Leaving Certificate Examination, 1924
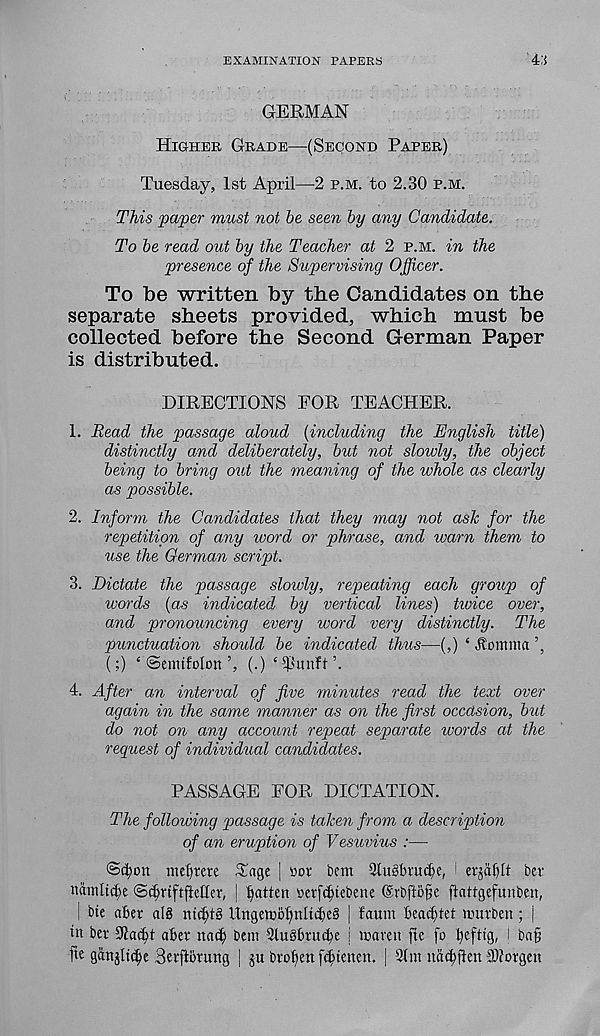
EXAMINATION PAPERS
4:5
GERMAN
Higher Grade—(Second Paper)
Tuesday, 1st April—2 p.m. to 2.30 p.m.
This paper must not be seen by any Candidate.
To be read out by the Teacher at 2 p.m. in the
presence of the Supervising Officer.
To be written by the Candidates on the
separate sheets provided, which must be
collected before the Second German Paper
is distributed.
DIRECTIONS FOR TEACHER.
1. Bead the passage aloud {including the English title)
distinctly and deliberately, but not slowly, the object
being to bring out the meaning of the whole as clearly
as possible.
2. Inform the Candidates that they may not ask for the
repetition of any word or phrase, and warn them to
use the German script.
3. Dictate the passage slowly, repeating each group of
words {as indicated by vertical lines) tivice over,
and pronouncing every word very distinctly. The
punctuation should be indicated thus—(,) ‘ Jtomma
(;) ‘©enufolon’, (.) ‘ $unft ’.
4. After an interval of five minutes read the text over
again in the same manner as on the first occasion, but
do not on any account repeat separate words at the
reguest of individual candidates.
PASSAGE FOR DICTATION.
The following passage is taken from a description
of an eruption of V esuvius :—
mc[)tere £«ge | tor tern 2lu§ln - ud)e, i
ber
ttctmltdje ©djrtftfieHer, | fatten »erfd)tebene ©rbftofje ftattgefunben,
| bte abet al§ nt(^t§ llngeitibf)nltcl)e§ | faum Beac^tet irurben; |
in bev SRacid aBev md) bcm 3lu§BrmBe j icaren fte fo
!
fie ganjlt^e 3eiftorung | ju broken fc^tencn. | 31m nat^flen Sliovgen